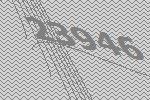
23946